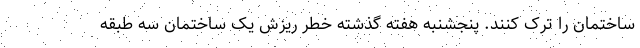
ساختمان را ترک کنند. پنجشنبه هفته گذشته خطر ریزش یک ساختمان سه طبقه